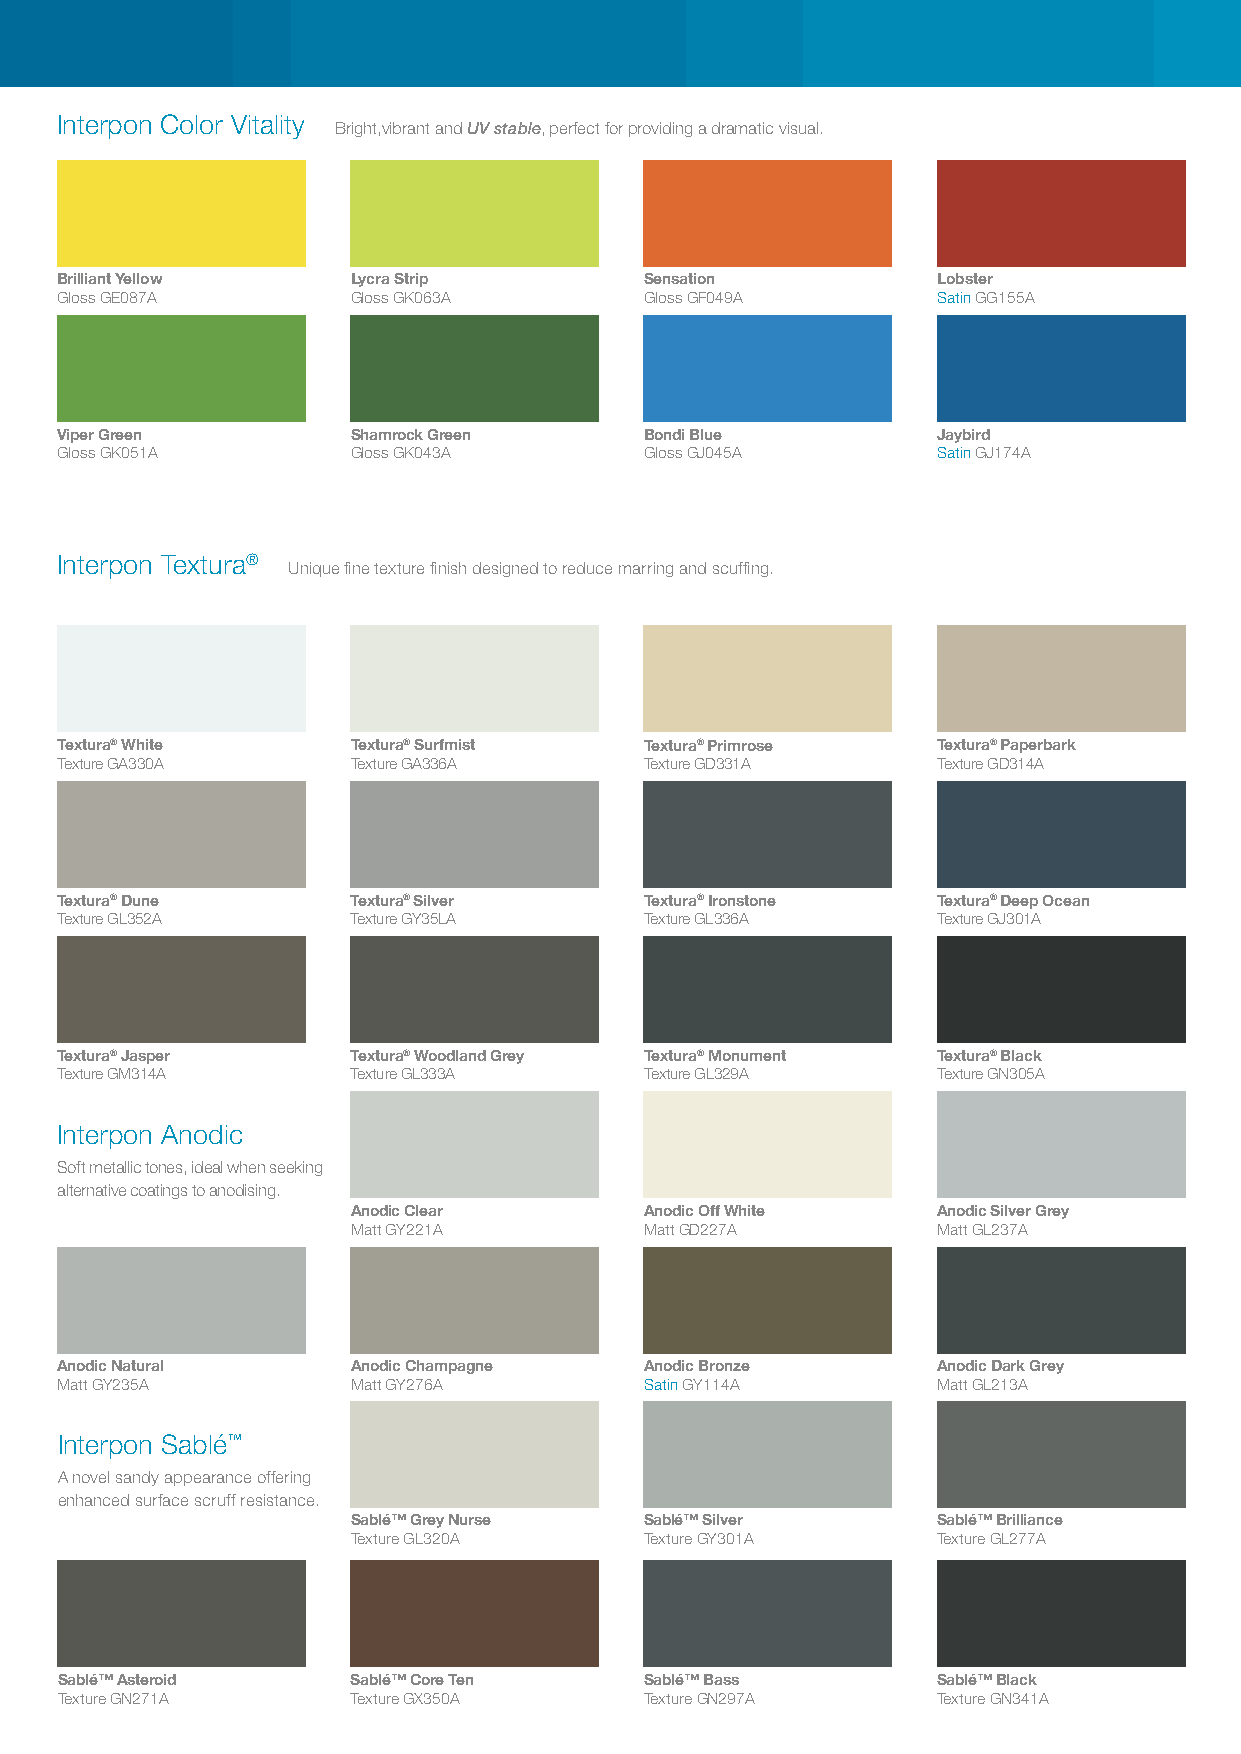
Interpon Color Vitality
 Bright,vibrant and UV stable, perfect for providing a dramatic visual.
 Brilliant Yellow   Lycra Strip         Sensation          Lobster
 Gloss GE087A       Gloss GK063A        Gloss GF049A       Satin GG155A
 Viper Green        Shamrock Green      Bondi Blue         Jaybird
 Gloss GK051A       Gloss GK043A        Gloss GJ045A       Satin GJ174A
 Interpon Textura®
 Unique fine texture finish designed to reduce marring and scuffing.
 Textura® White     Textura® Surfmist   Textura® Primrose  Textura® Paperbark
 Texture GA330A     Texture GA336A      Texture GD331A     Texture GD314A
 Textura® Dune      Textura® Silver     Textura® Ironstone Textura® Deep Ocean
 Texture GL352A     Texture GY35LA      Texture GL336A     Texture GJ301A
 Textura® Jasper    Textura® Woodland Grey Textura® Monument Textura® Black
 Texture GM314A     Texture GL333A      Texture GL329A     Texture GN305A
 Interpon Anodic
 Soft metallic tones, ideal when seeking
 alternative coatings to anodising.
 Anodic Clear        Anodic Off White   Anodic Silver Grey
 Matt GY221A         Matt GD227A        Matt GL237A
 Anodic Natural     Anodic Champagne    Anodic Bronze      Anodic Dark Grey
 Matt GY235A        Matt GY276A         Satin GY114A       Matt GL213A
 Interpon Sablé™
 A novel sandy appearance offering
 enhanced surface scruff resistance.
 Sablé™ Grey Nurse   Sablé™ Silver      Sablé™ Brilliance
 Texture GL320A      Texture GY301A     Texture GL277A
 Sablé™ Asteroid    Sablé™ Core Ten     Sablé™ Bass        Sablé™ Black
 Texture GN271A     Texture GX350A      Texture GN297A     Texture GN341A